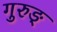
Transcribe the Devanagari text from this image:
गुरुङ्‌